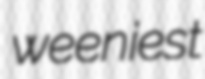
weeniest